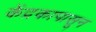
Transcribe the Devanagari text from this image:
केंद्रकापासून